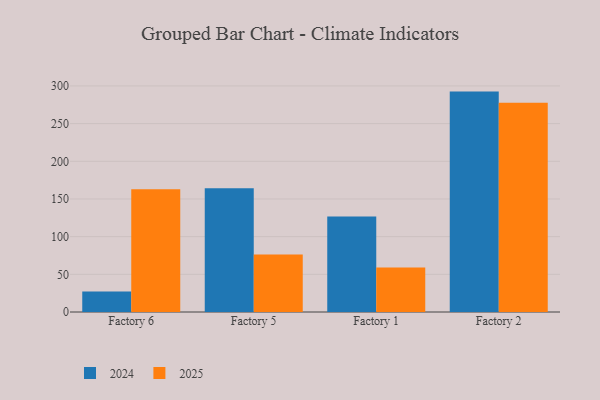
{"axis": {"x": "Factory", "y": "Satisfaction Score"}, "legend": ["2024", "2025"], "data": [{"x": "Factory 6", "y": 163.0, "type": "2025"}, {"x": "Factory 6", "y": 27.3, "type": "2024"}, {"x": "Factory 5", "y": 76.4, "type": "2025"}, {"x": "Factory 5", "y": 164.2, "type": "2024"}, {"x": "Factory 1", "y": 59.1, "type": "2025"}, {"x": "Factory 1", "y": 126.7, "type": "2024"}, {"x": "Factory 2", "y": 277.6, "type": "2025"}, {"x": "Factory 2", "y": 292.5, "type": "2024"}]}